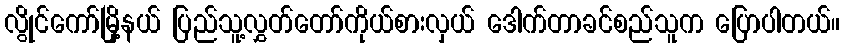
လွိုင်ကော်မြို့နယ် ပြည်သူ့လွှတ်တော်ကိုယ်စားလှယ် ဒေါက်တာခင်စည်သူက ပြောပါတယ်။